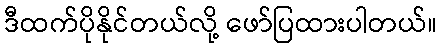
ဒီထက်ပိုနိုင်တယ်လို့ ဖော်ပြထားပါတယ်။